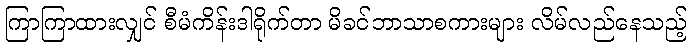
ကြာကြာထားလျှင် စီမံကိန်းဒါရိုက်တာ မိခင်ဘာသာစကားများ လိမ်လည်နေသည့်